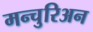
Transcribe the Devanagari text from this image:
मन्चुरिअन